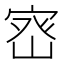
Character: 𭓽